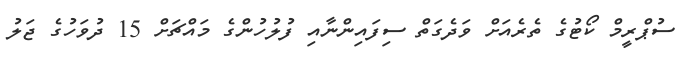
ސުޕްރީމް ކޯޓުގެ ތެރެއަށް ވަދެގަތް ސިފައިންނާއި ފުލުހުންގެ މައްޗަށް 15 ދުވަހުގެ ޖަލު